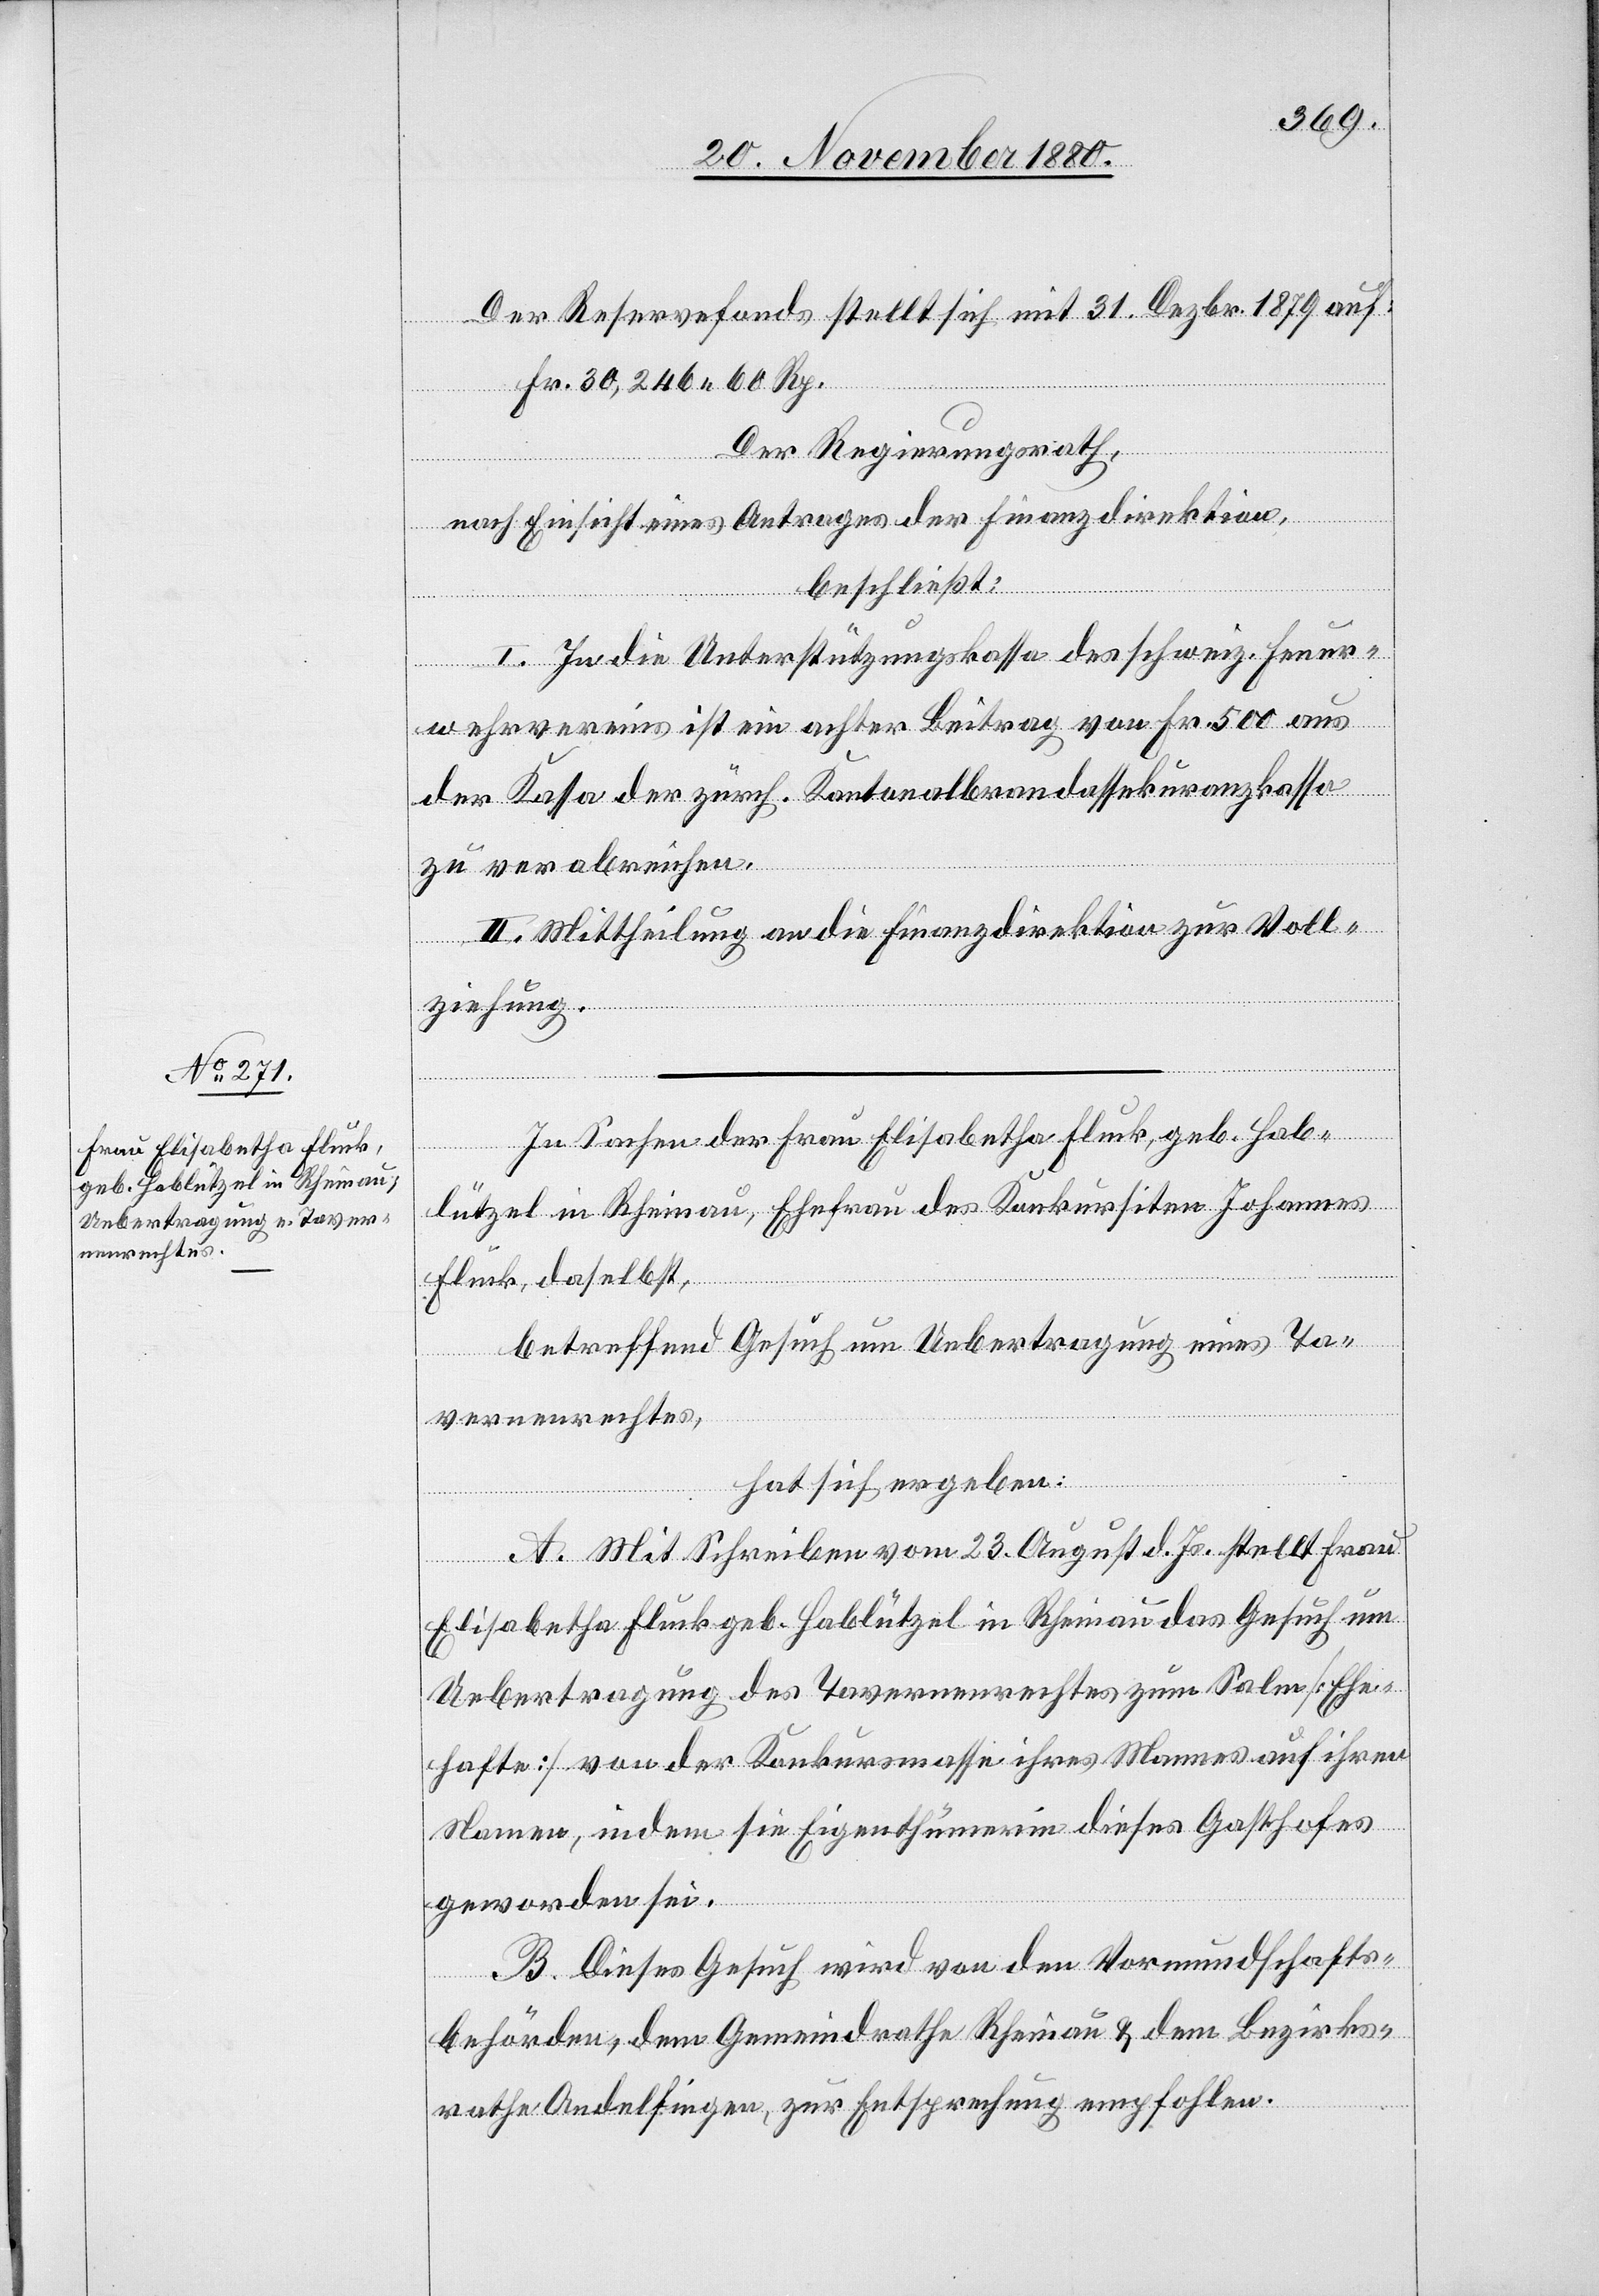
Der Reservefonds stellt sich mit 31. Dezbr. 1879 auf:
Fr. 30,246 60 Rp.
Der Regierungsrath,
nach Einsicht eines Antrages der Finanzdirektion,
beschließt:
I. In die Unterstützungskassa des schweiz. Feuer¬
wehrvereins ist ein achter Beitrag von Fr. 500 aus
der Kassa der zürch. Kantonalbrandassekuranzkassa
zu verabreichen.
II. Mittheilung an die Finanzdirektion zur Voll¬
ziehung.
In Sachen der Frau Elisabetha Fluck, geb. Hab¬
lützel in Rheinau, Ehefrau des Konkursiten Johannes
Fluck, daselbst,
betreffend Gesuch um Uebertragung eines Ta¬
vernenrechtes,
hat sich ergeben:
A. Mit Schreiben vom 23. August d. Js. stellt Frau
Elisabetha Fluck geb. Hablützel in Rheinau das Gesuch um
Uebertragung des Tavernenrechtes zum Salm [Ehe¬
hafte] von der Konkursmasse ihres Mannes auf ihren
Namen, indem sie Eigenthümerin dieses Gasthofes
geworden sei.
B. Dieses Gesuch wird von den Vormundschafts¬
behörden, dem Gemeindrathe Rheinau & dem Bezirks¬
rathe Andelfingen, zur Entsprechung empfohlen.